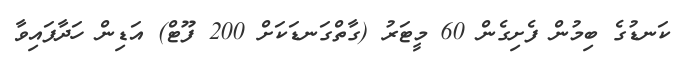
ކަނޑުގެ ބިމުން ފެށިގެން 60 މީޓަރު (ގާތްގަނޑަކަށް 200 ފޫޓް) އަޑިން ހަދާފައިވާ